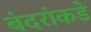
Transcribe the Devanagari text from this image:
बंदरांकडे